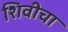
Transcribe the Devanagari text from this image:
शिवीचा